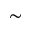
\sim